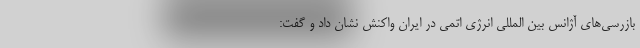
بازرسی‌های آژانس بین المللی انرژی اتمی در ایران واکنش نشان داد و گفت: